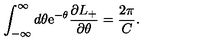
\int _ { - \infty } ^ { \infty } d \theta \mathrm { e } ^ { - \theta } \frac { \partial L _ { + } } { \partial \theta } = \frac { 2 \pi } { C } .